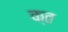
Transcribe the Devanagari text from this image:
क्‍त